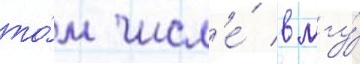
то́м числ'е́ в мгу́